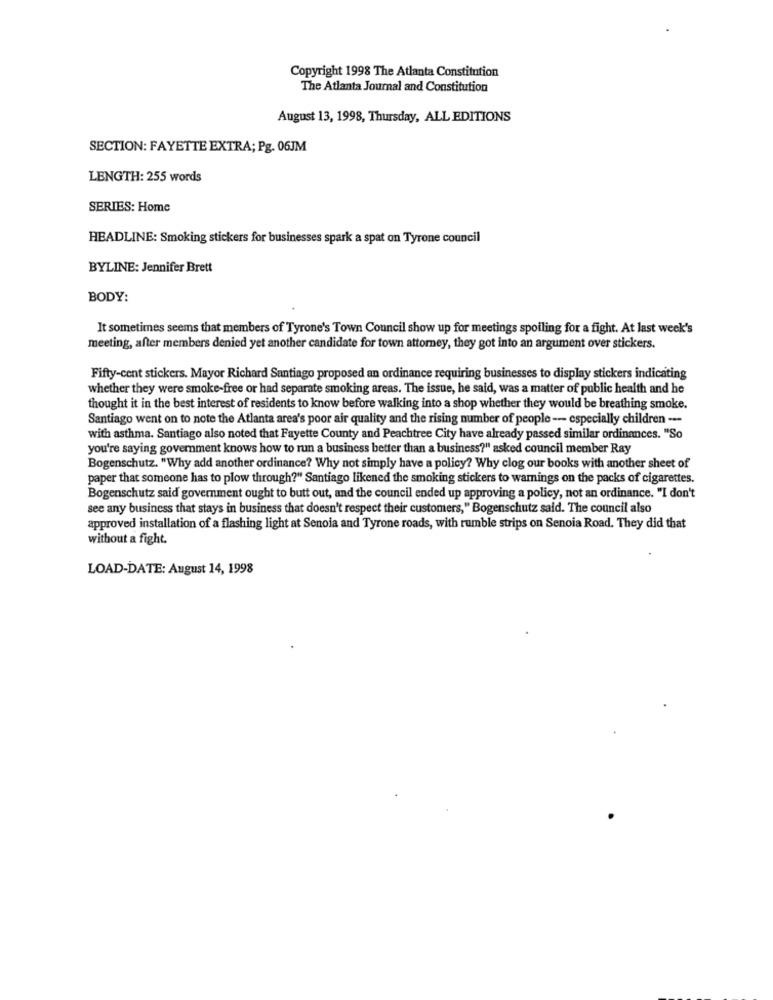
Copyright 1998 The Atlanta Constitution
The Atlanta Journal and Constitution
August 13, 1998, Thursday, ALL EDITIONS
SECTION: FAYETTE EXTRA; Pg. 06JM
LENGTH: 255 words
SERIES: Home
HEADLINE: Smoking stickers for businesses spark a spat on Tyrone council
BYLINE: Jennifer Brett
BODY:
It sometimes seems that members of Tyrone's Town Council show up for meetings spoiling for a fight. At last week's
meeting, after members denied yet another candidate for town attorney, they got into an argument over stickers.
Fifty-cent stickers. Mayor Richard Santiago proposed an ordinance requiring businesses to display stickers indicating
whether they were smoke-free or had separate smoking areas. The issue, he said, was a matter of public health and he
thought it in the best interest of residents to know before walking into a shop whether they would be breathing smoke.
Santiago went on to note the Atlanta area's poor air quality and the rising number of people -- especially children ---
with asthma. Santiago also noted that Fayette County and Peachtree City have already passed similar ordinances. "So
you're saying government knows how to run a business better than a business?" asked council member Ray
Bogenschutz. "Why add another ordinance? Why not simply have a policy? Why clog our books with another sheet of
paper that someone has to plow through?" Santiago likened the smoking stickers to warnings on the packs of cigarettes.
Bogenschutz said government ought to butt out, and the council ended up approving a policy, not an ordinance. "I don't
see any business that stays in business that doesn't respect their customers," Bogenschutz said. The council also
approved installation of a flashing light at Senoia and Tyrone roads, with rumble strips on Senoia Road. They did that
without a fight.
LOAD-DATE: August 14, 1998